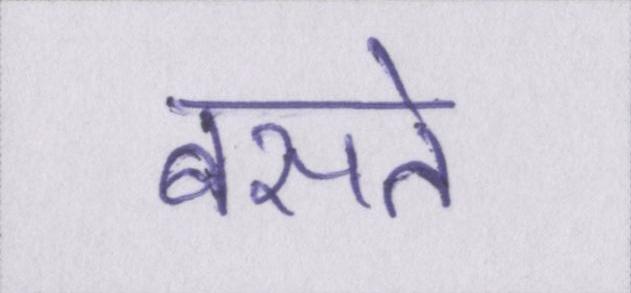
बसते